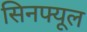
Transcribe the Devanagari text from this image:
सिनफ्यूल